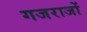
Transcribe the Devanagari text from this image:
गजराजों